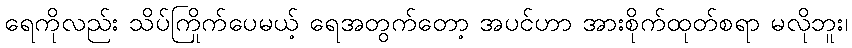
ရေကိုလည်း သိပ်ကြိုက်ပေမယ့် ရေအတွက်တော့ အပင်ဟာ အားစိုက်ထုတ်စရာ မလိုဘူး၊